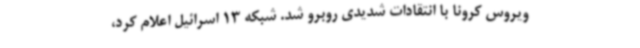
ویروس کرونا با انتقادات شدیدی روبرو شد. شبکه 13 اسرائیل اعلام کرد،